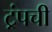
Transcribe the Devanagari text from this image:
ट्रंपची